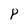
Character: P